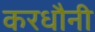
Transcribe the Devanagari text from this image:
करधौनी